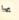
بها